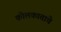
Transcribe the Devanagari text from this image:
कोलकाताचे